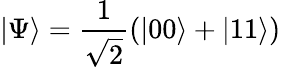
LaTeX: |\Psi\rangle=\frac{1}{\sqrt{2}}(|00\rangle+|11\rangle)